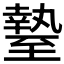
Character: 𦥎